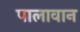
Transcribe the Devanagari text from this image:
पालावान